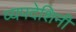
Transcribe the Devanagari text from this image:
व्यपदेशिनी